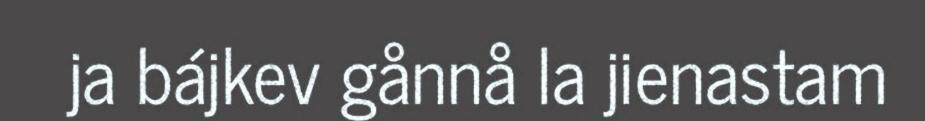
ja bájkev gånnå la jienastam